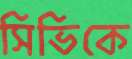
সিভিকে